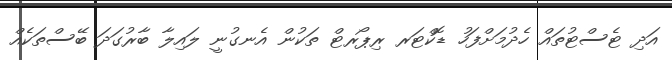
އަދި ޓެސްޓުތައް ހެދުމަށްފަހު ޑޮކްޓަރ ރިޕޯރޓް ތަކުން އެނގުނީ ލައިލާ ބާރުގަދަ ބޭސްތަކެއް